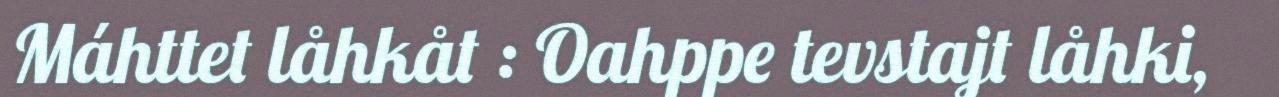
Máhttet låhkåt : Oahppe tevstajt låhki,